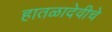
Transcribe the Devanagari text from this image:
हातळादेवीचे